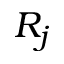
R _ { j }